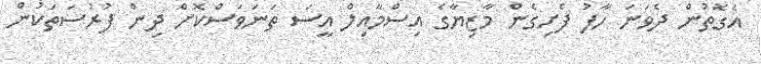
އެގޮތުން ދެވަނަ ހާފު ފެށިގެން މާޒިޔާގެ އިސްމާއިލް އީސަ ތަނަވަސްކޮށް ދިން ފުރުސަތަކުން